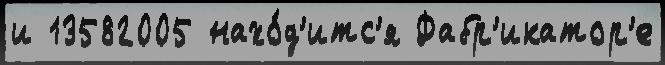
и 13582005 нахо́д'итс'я Фабр'икатор'е